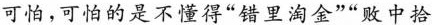
可怕，可怕的是不懂得”错里淘金””败中拾